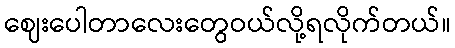
ဈေးပေါတာလေးတွေဝယ်လို့ရလိုက်တယ်။